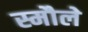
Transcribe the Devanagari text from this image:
स्मौले